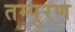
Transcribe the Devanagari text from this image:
तम्पुरण